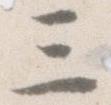
三